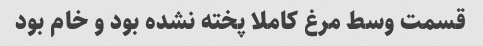
قسمت وسط مرغ کاملا پخته نشده بود و خام بود